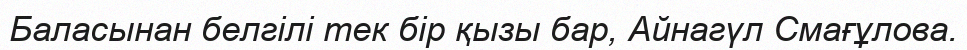
Баласынан белгілі тек бір қызы бар, Айнагүл Смағұлова.